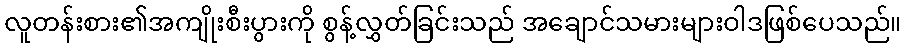
လူတန်းစား၏အကျိုးစီးပွားကို စွန့်လွှတ်ခြင်းသည် အချောင်သမားများဝါဒဖြစ်ပေသည်။